Plague in India, 1896, 1897 - Volume 2
Year: 1896
Disease focus: Plague
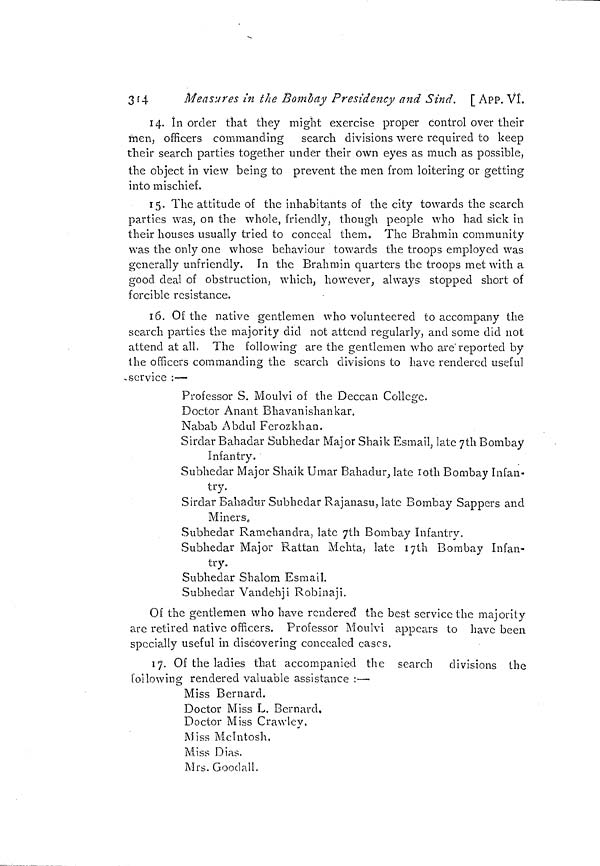
314
Measures in the Bombay Presidency and Sind. [ APP. Vl.
14. In order that they might exercise proper control over their
men, officers commanding search divisions were required to keep
their search parties together under their own eyes as much as possible,
the object in view being to prevent the men from loitering or getting
into mischief.
15. The attitude of the inhabitants of the city towards the search
parties was, on the whole, friendly, though people who had sick in
their houses usually tried to conceal them. The Brahmin community
was the only one whose behaviour towards the troops employed was
generally unfriendly. In the Brahmin quarters the troops met with a
good deal of obstruction, which, however, always stopped short of
forcible resistance.
16. Of the native gentlemen who volunteered to accompany the
search parties the majority did not attend regularly, and some did not
attend at all. The following are the gentlemen who arc reported by
the officers commanding the search divisions to have rendered useful
-service :—
Professor S. Moulvi of the Deccan College.
Doctor Anant Bhavanishankar.
Nabab Abdul Ferozkhan.
Sirdar Bahadar Subhedar Major Shaik Esmail, late 7th Bombay
Infantry.
Subhedar Major Shaik Umar Bahadur, late loth Bombay Infan-
try.
Sirdar Bahadur Subhedar Rajanasu, late Bombay Sappers and
Miners,
Subhedar Ramchandra, late 7th Bombay Infantry.
Subhedar Major Rattan Mehta, late 17th Bombay Infan-
try.
Subhedar Shalom Esmail.
Subhedar Vandehji Robinaji.
Of the gentlemen who have rendered the best service the majority
are retired native officers. Professor Moulvi appears to have been
specially useful in discovering concealed cases.
17. Of the ladies that accompanied the search divisions the
following rendered valuable assistance :—
Miss Bernard.
Doctor Miss L. Bernard.
Doctor Miss Crawley.
Miss Mclntosh,
Miss Dias.
Mrs. Gooclall.